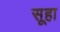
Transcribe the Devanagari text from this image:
सूहा